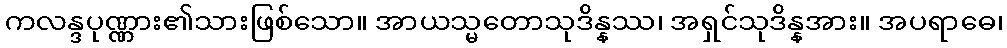
ကလန္ဒပုဏ္ဏား၏သားဖြစ်သော။ အာယသ္မတောသုဒိန္နဿ၊ အရှင်သုဒိန္နအား။ အပရာဓေ၊